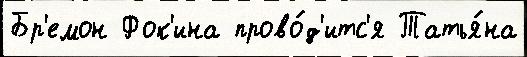
Бр'емон Фок'ина прово́д'итс'я Татья́на